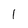
Character: l